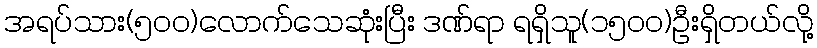
အရပ်သား(၅၀၀)လောက်သေဆုံးပြီး ဒဏ်ရာ ရရှိသူ(၁၅၀၀)ဦးရှိတယ်လို့